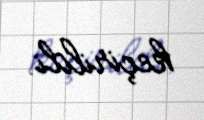
keçirildi.